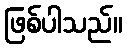
ဖြစ်ပါသည်။